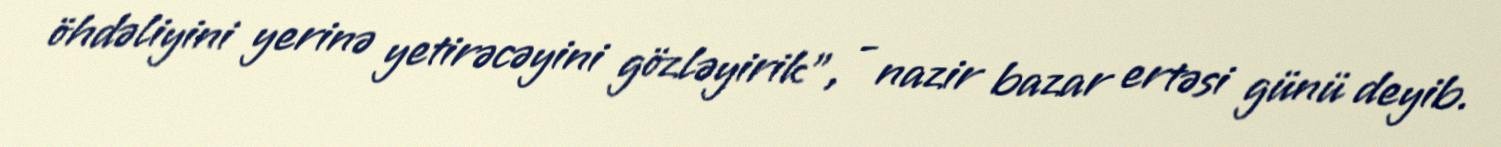
öhdəliyini yerinə yetirəcəyini gözləyirik”, - nazir bazar ertəsi günü deyib.